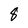
Character: 8